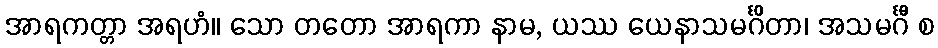
အာရကတ္တာ အရဟံ။ သော တတော အာရကာ နာမ, ယဿ ယေနာသမင်္ဂိတာ၊ အသမင်္ဂီ စ